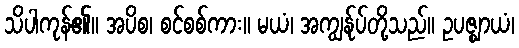
သိပါကုန်၏။ အပိစ၊ စင်စစ်ကား။ မယံ၊ အကျွန်ုပ်တို့သည်။ ဥပဇ္ဈာယံ၊